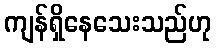
ကျန်ရှိနေသေးသည်ဟု